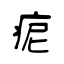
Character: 痆